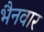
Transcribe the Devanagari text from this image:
भैनवार